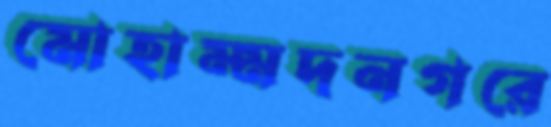
মোহাম্মদনগরে